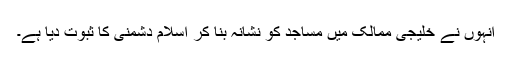
انہوں نے خلیجی ممالک میں مساجد کو نشانہ بنا کر اسلام دشمنی کا ثبوت دیا ہے۔